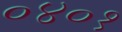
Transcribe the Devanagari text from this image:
०४०१